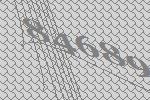
84689